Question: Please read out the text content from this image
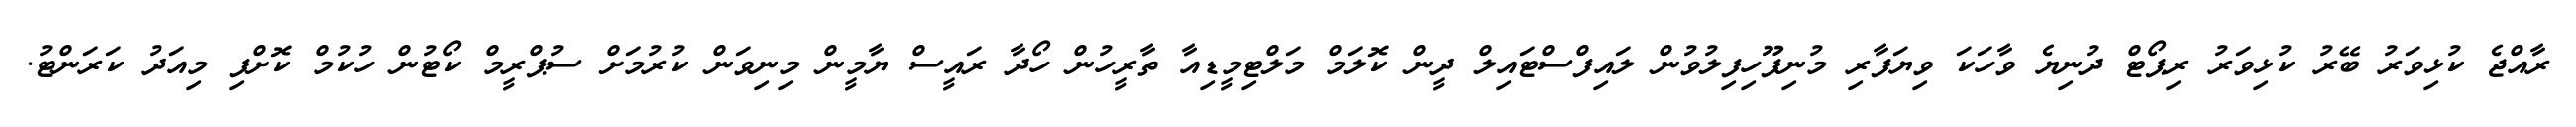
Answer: ރާއްޖެ ކުޅިވަރު ބޭރު ކުޅިވަރު ރިޕޯޓް ދުނިޔެ ވާހަކަ ވިޔަފާރި މުނިފޫހިފިލުވުން ލައިފްސްޓައިލް ދީން ކޮލަމް މަލްޓިމީޑިއާ ތާރީހުން ހޯދާ ރައީސް ޔާމީން މިނިވަން ކުރުމަށް ސުޕްރީމް ކޯޓުން ހުކުމް ކޮށްފި މިއަދު ކަރަންޓު.